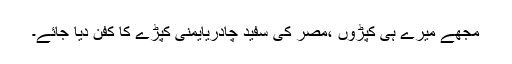
مجھے میرے ہی کپڑوں ،مصر کی سفید چادریایمنی کپڑے کا کفن دیا جائے۔